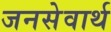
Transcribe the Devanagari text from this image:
जनसेवार्थ